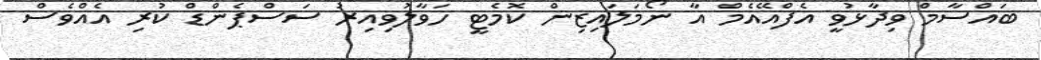
ބައްސާމް ވިދާޅުވީ އެފްއޭއެމް އާ ނޯމަލައިޒިން ކޮމެޓީ ހަވާލުވިއިރު ސަސްޕެންޑް ކުރި އެއްވެސް